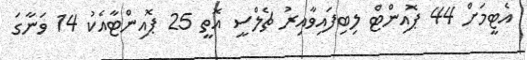
އެޓީމަށް 44 ޕޮއިންޓް ލިބިފައިވާއިރު ޗެލްސީ އޮތީ 25 ޕޮއިންޓާއެކު 14 ވަނާގަ